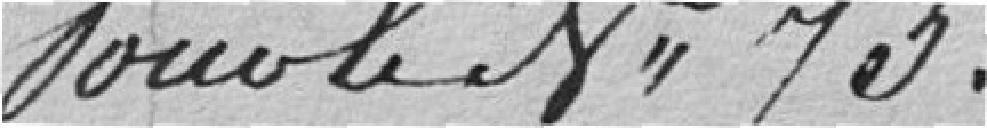
Sous le N° 73